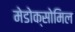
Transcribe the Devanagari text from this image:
मेडोक्सोमिल